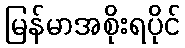
မြန်မာအစိုးရပိုင်